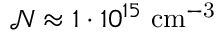
\mathcal { N } \approx 1 \cdot 1 0 ^ { 1 5 } \mathrm { ~ c m ^ { - 3 } }